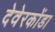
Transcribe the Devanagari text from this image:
देवेरकोंडा